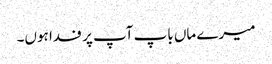
میرے ماں باپ آپ پر فدا ہوں۔